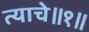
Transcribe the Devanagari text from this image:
त्याचे॥१॥